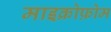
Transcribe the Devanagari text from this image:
माइक्रोफ़ोम